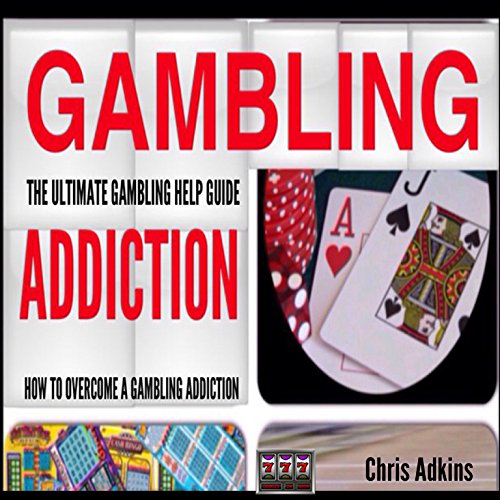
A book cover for The Ultimate Gambling Addiction Help Guide: How to Overcome a Gambling Addiction and Problem Gambling Once and for All; Chris Adkins; Health, Fitness & Dieting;